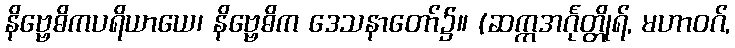
နိဗ္ဗေဓိကပရိယာယေ၊ နိဗ္ဗေဓိက ဒေသနာတော်၌။ (ဆက္ကအင်္ဂုတ္တိုရ်, မဟာဝဂ်,